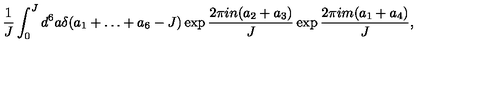
\frac { 1 } { J } \int _ { 0 } ^ { J } d ^ { 6 } a \delta ( a _ { 1 } + \ldots + a _ { 6 } - J ) \exp \frac { 2 \pi i n ( a _ { 2 } + a _ { 3 } ) } { J } \exp \frac { 2 \pi i m ( a _ { 1 } + a _ { 4 } ) } { J } ,